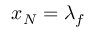
x _ { N } = \lambda _ { f }